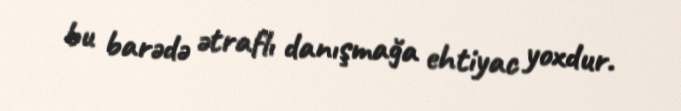
bu barədə ətraflı danışmağa ehtiyac yoxdur.